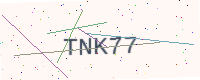
Text: TNK77